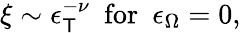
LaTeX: \xi\sim\epsilon_{\mathsf{T}}^{-\nu}\ \ \mathrm{{for}}\ \ \epsilon_{\Omega}=0,